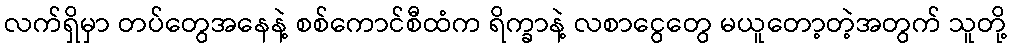
လက်ရှိမှာ တပ်တွေအနေနဲ့ စစ်ကောင်စီထံက ရိက္ခာနဲ့ လစာငွေတွေ မယူတော့တဲ့အတွက် သူတို့